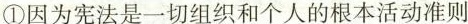
①因为宪法是一切组织和个人的根本活动准则